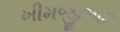
ખીમજીભાઇ